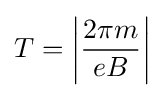
T=\left\vert {\frac {2\pi m}{eB}}\right\vert